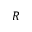
R